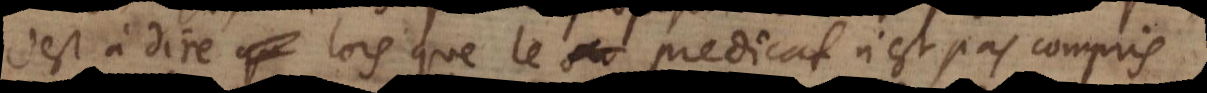
c’est à dire lors que le predicat n’est pas compris